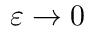
\varepsilon \to 0